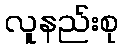
လူနည်းစု